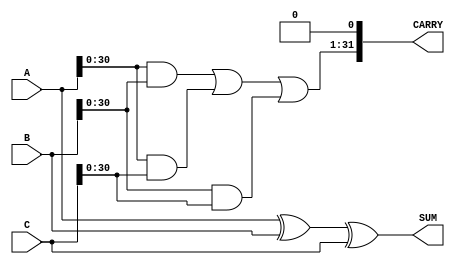
`timescale 1ns / 1ps

module CSA #(parameter N = 32)
    (
    input [N-1:0] A, // ksm arpan 1
    input [N-1:0] B, // ksm arpan 2 
    input [N-1:0] C, // ksm arpan 3
    
    output [N-1:0] SUM,
    output [N-1:0] CARRY    
    );
    
    assign SUM = A ^ B ^ C;
    assign CARRY[0] = 0;
    assign CARRY[N-1:1] = (A&B) | (A&C) | (B&C);
        
endmodule